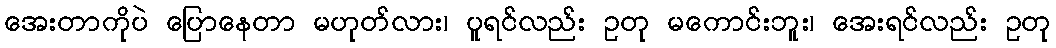
အေးတာကိုပဲ ပြောနေတာ မဟုတ်လား၊ ပူရင်လည်း ဥတု မကောင်းဘူး၊ အေးရင်လည်း ဥတု